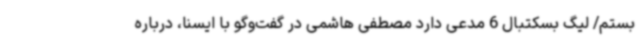
بستم/ لیگ بسکتبال 6 مدعی دارد مصطفی هاشمی در گفت‌وگو با ایسنا، درباره